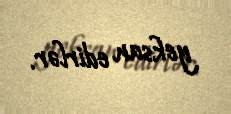
yeksan edirlər.